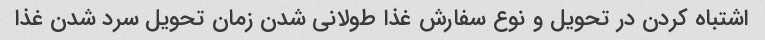
اشتباه کردن در تحویل و نوع سفارش غذا طولانی شدن زمان تحویل سرد شدن غذا